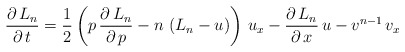
\begin{align*}\frac{\partial\,L_{n}}{\partial\,t}=\frac{1}{2}\left(p\,\frac{\partial\,L_{n}}{\partial\,p}-n\,\left(L_{n}-u\right)\right)\,u_{x}-\frac{\partial\,L_{n}}{\partial\,x}\,u-v^{n-1}\,v_{x}\end{align*}